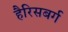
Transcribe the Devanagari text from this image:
हैरिसबर्ग